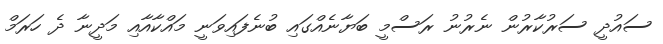
ސައުދީ ސަރުކާރުން ނެރުނު ރަސްމީ ބަޔާނެއްގައި ބުނެފައިވަނީ މައްކާއާއި މަދީނާ ދެ ހަރަމް